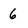
Character: 6